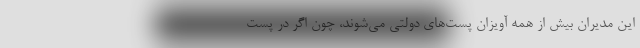
این مدیران بیش از همه آویزان پست‌های دولتی می‌شوند، چون اگر در پست